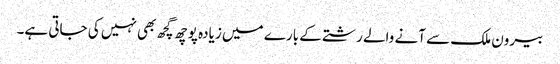
بیرون ملک سے آنے والے رشتے کے بارے میں زیادہ پوچھ گچھ بھی نہیں کی جاتی ہے۔